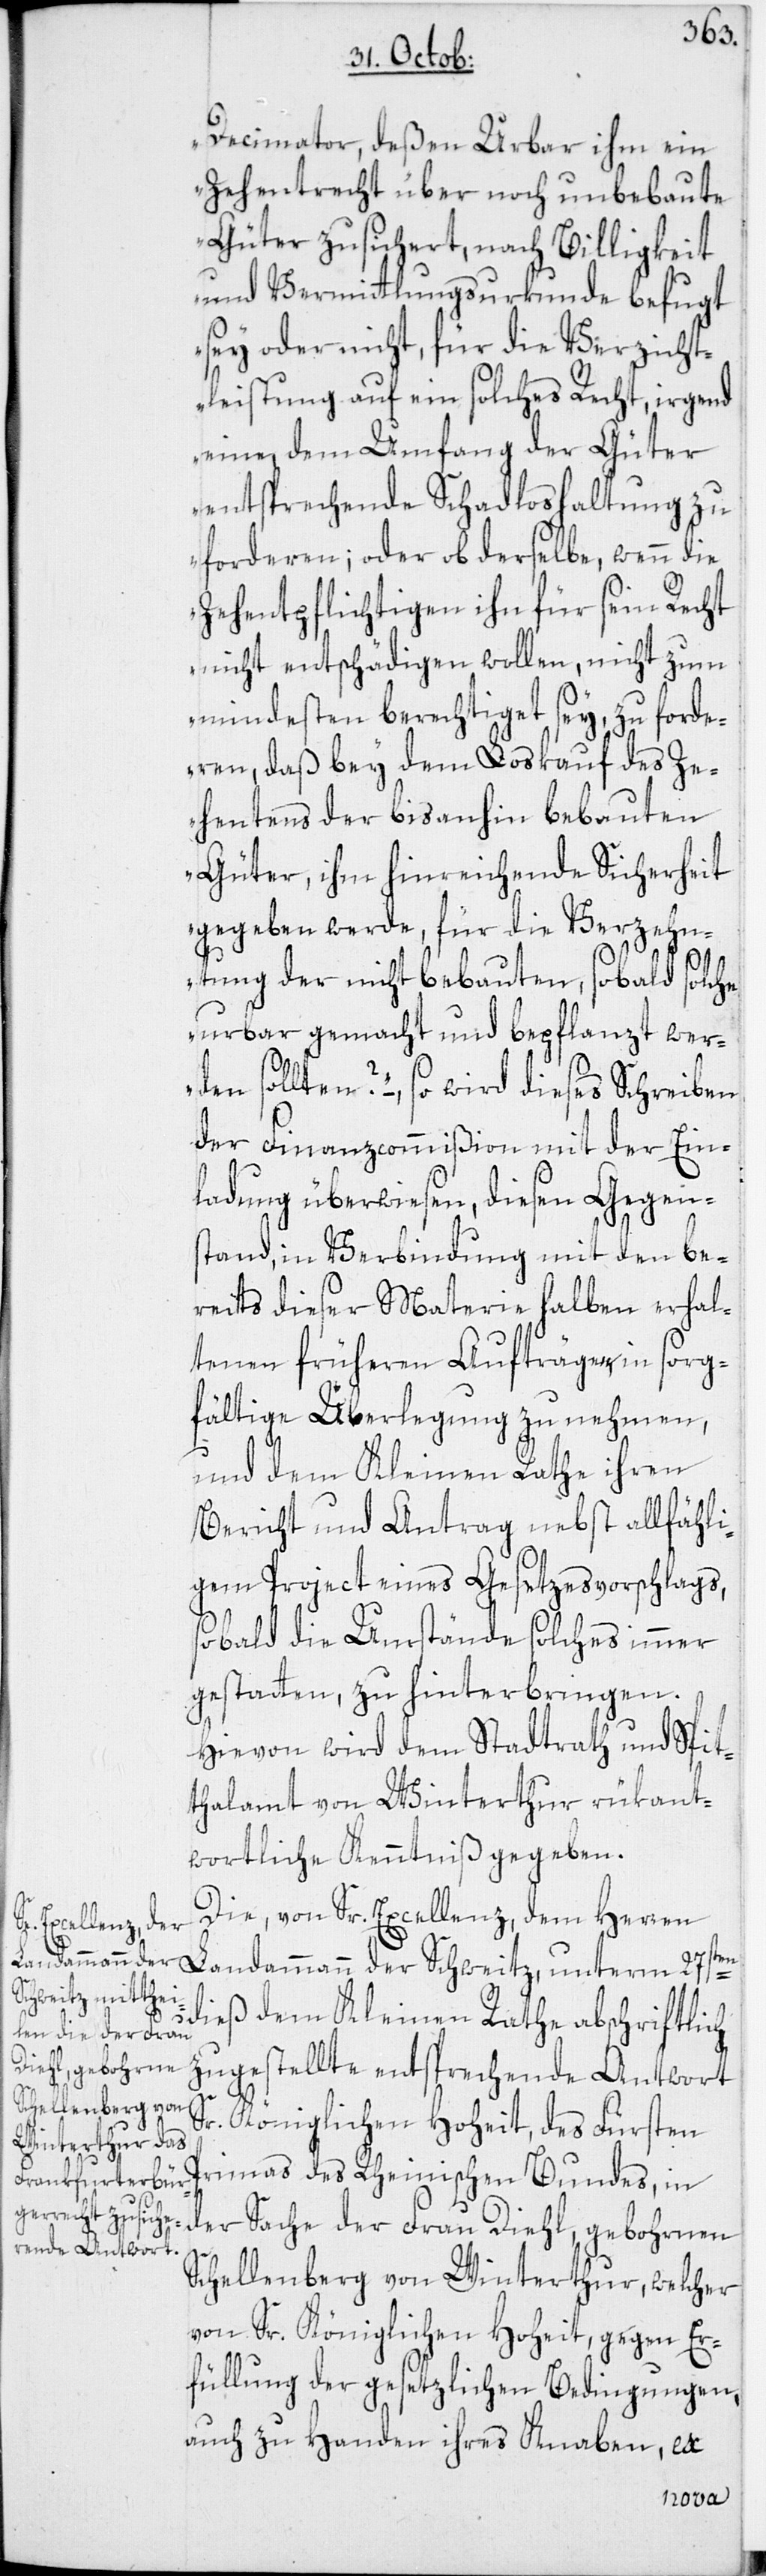
Decimator, deßen Urbar ihm ein
Zehentrecht über noch unbebaute
Güter zusichert, nach Billigkeit
und Vermittlungsurkunde befugt
sey oder nicht, für die Verzicht¬
leistung auf ein solches Recht, irgend
eine, dem Umfang der Güter
entsprechende Schadloshaltung zu
forderen; oder ob derselbe, wenn die
Zehentpflichtigen ihn für sein Recht
nicht entschädigen wollen, nicht zum
mindesten berechtigt sey, zu forde¬
ren, daß bey dem Loskauf des Ze¬
hentens der bisanhin bebauten
Güter, ihm hinreichende Sicherheit
gegeben werde, für die Verzehn¬
tung der nicht bebauten, sobald solche
urbar gemacht und bepflanzt wer¬
den sollten?“ –, so wird dieses Schreiben
der Finanzcommißion mit der Ein¬
ladung überwiesen, diesen Gegen¬
stand, in Verbindung mit den be¬
reits dieser Materie halben erhal¬
tenen früheren Aufträge, in sorg¬
fältige Überlegung zu nehmen,
und dem Kleinen Rathe ihren
Bericht und Antrag nebst allfähli¬
gem Project eines Gesetzesvorschlags,
sobald die Umstände solches immer
gestatten, zu hinterbringen.
Hievon wird dem Stadtrath und Spit¬
thalamt von Winterthur rükant¬
wortliche Kenntniß gegeben.
Die, von Sr. Excellenz, dem Herren
Schweitz, unterm
dieß dem Kleinen Rathe abschriftlich
zugestellte entsprechende Antwort
Sr. Königlichen Hoheit, des Fürsten
Primas des Rheinischen Bundes, in
der Sache der Frau Diehl, gebohrnen
Schellenberg von Winterthur, welcher
von Sr. Königlichen Hoheit, gegen Er¬
füllung der gesetzlichen Bedingungen,
auch zu Handen ihres Knaben, ex